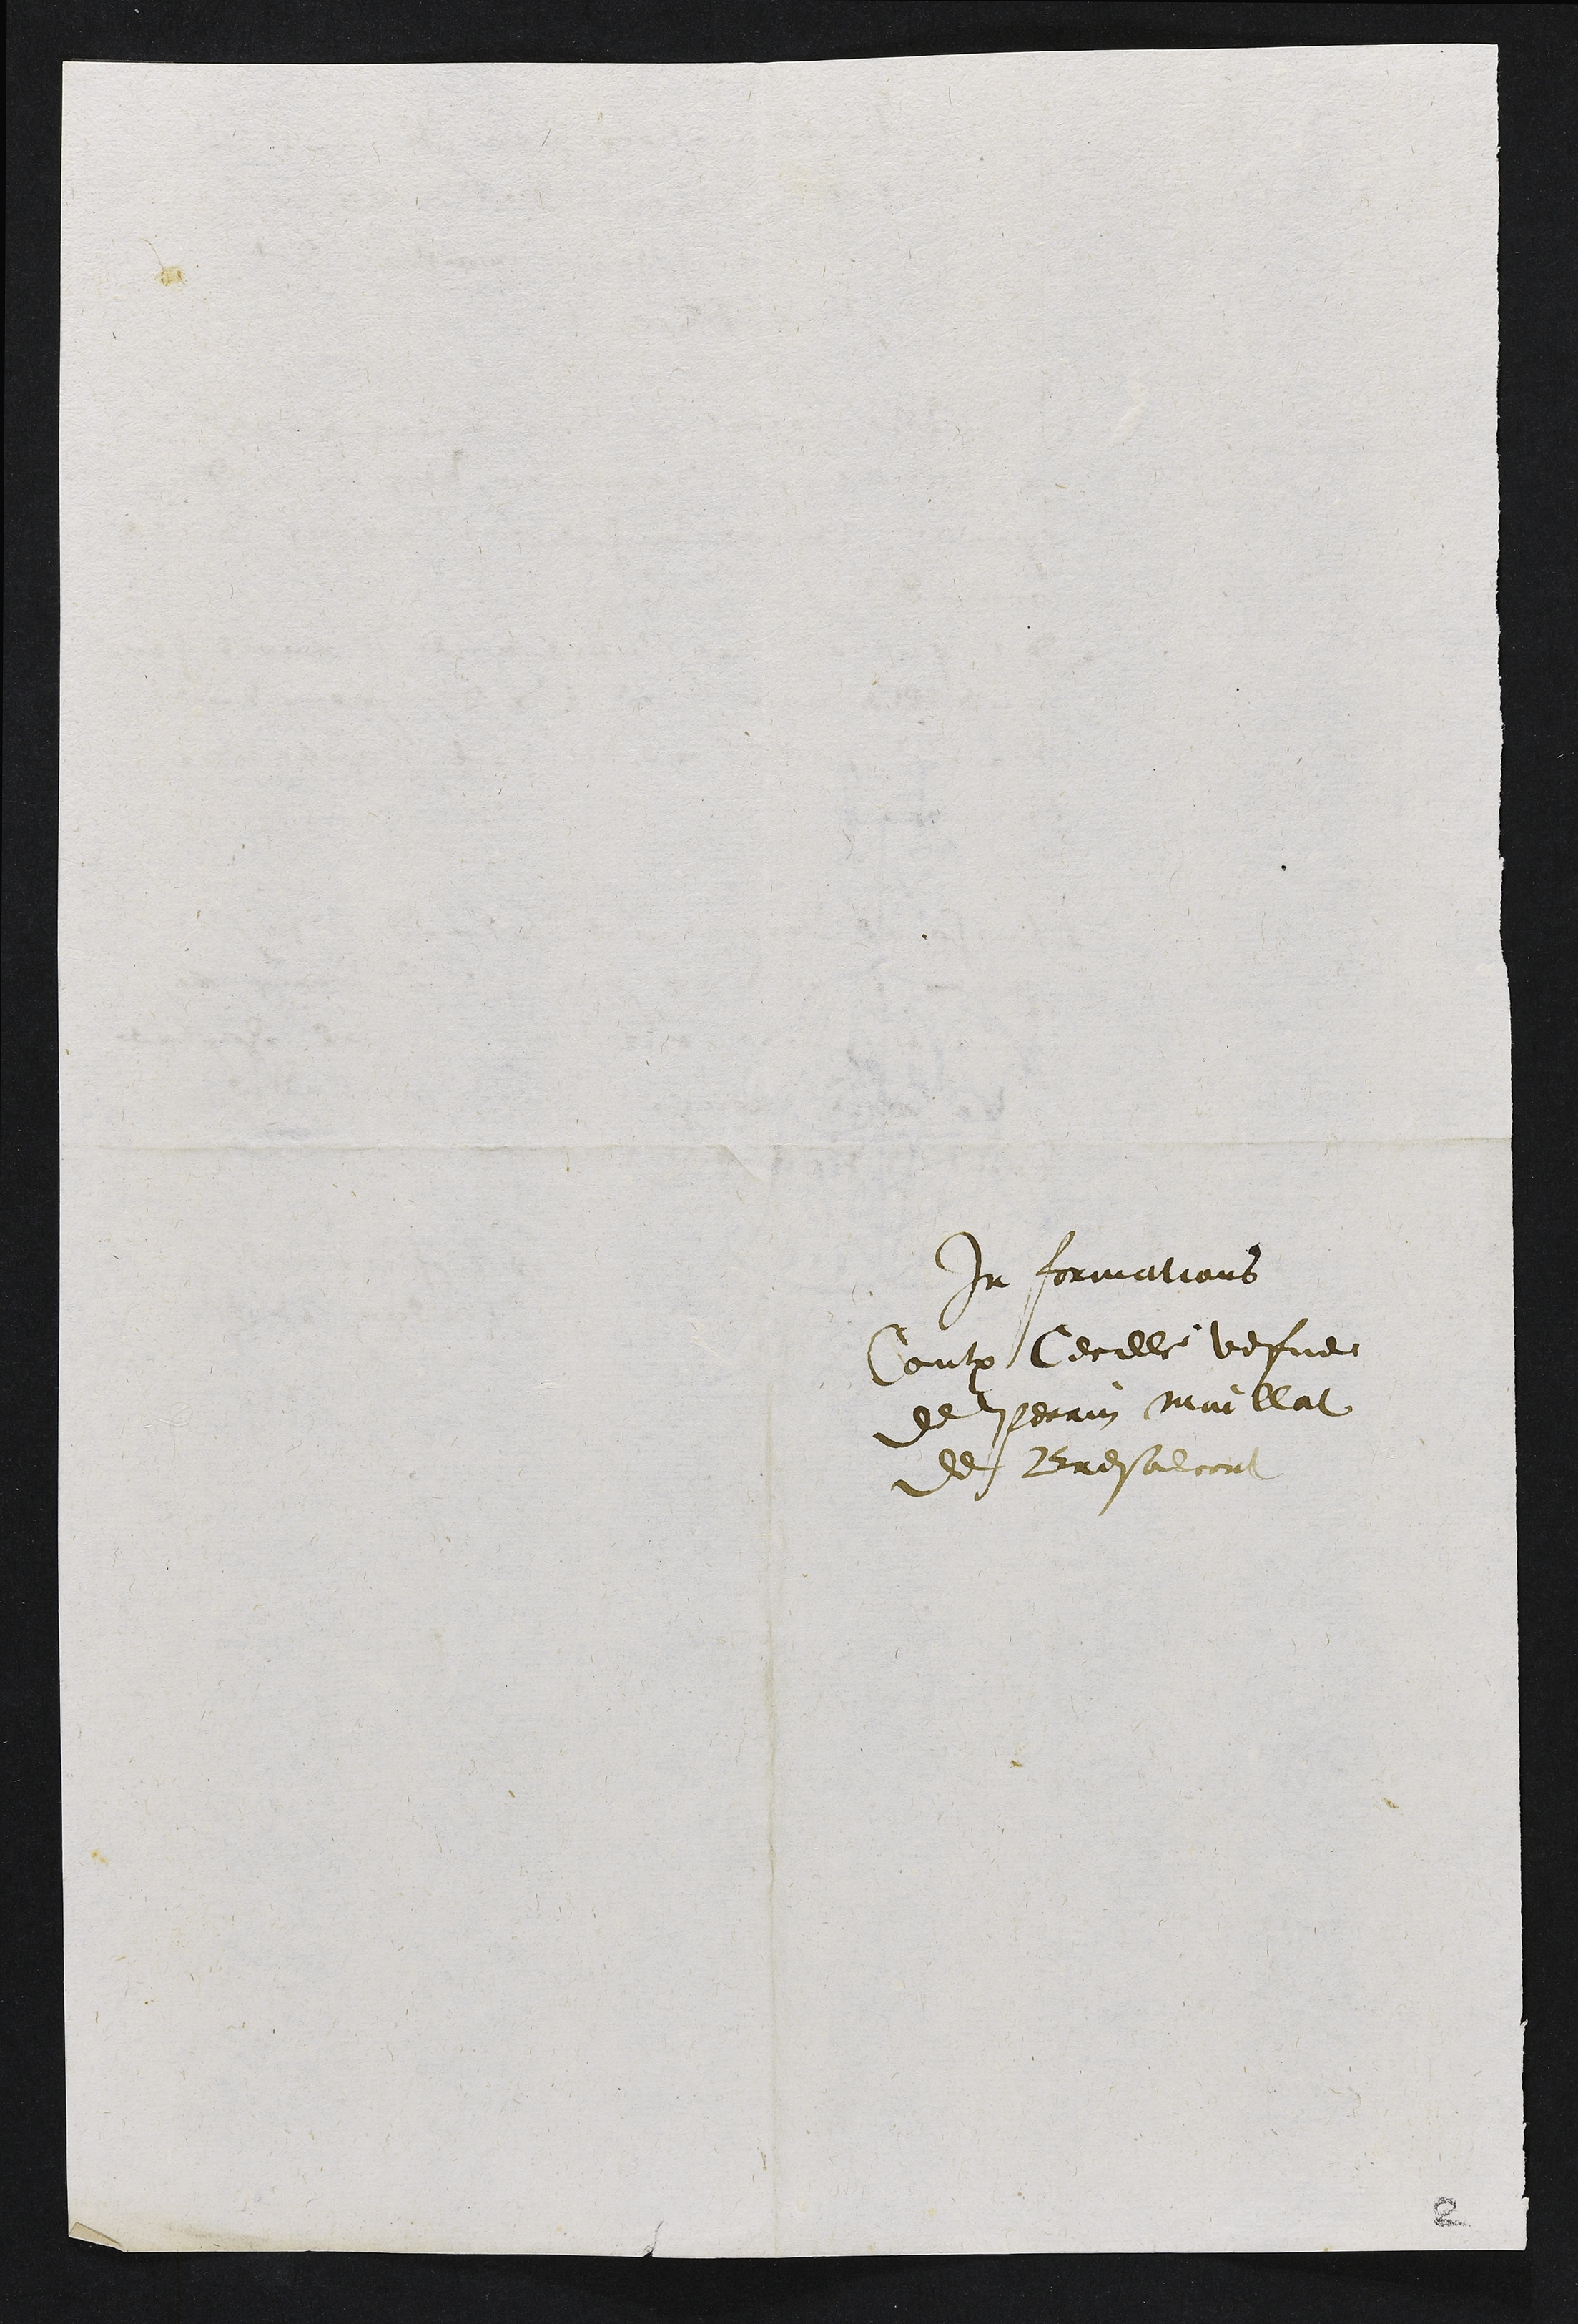
In formations
Contre Cecille vefve
de Perrin maillat
de Bresalcort